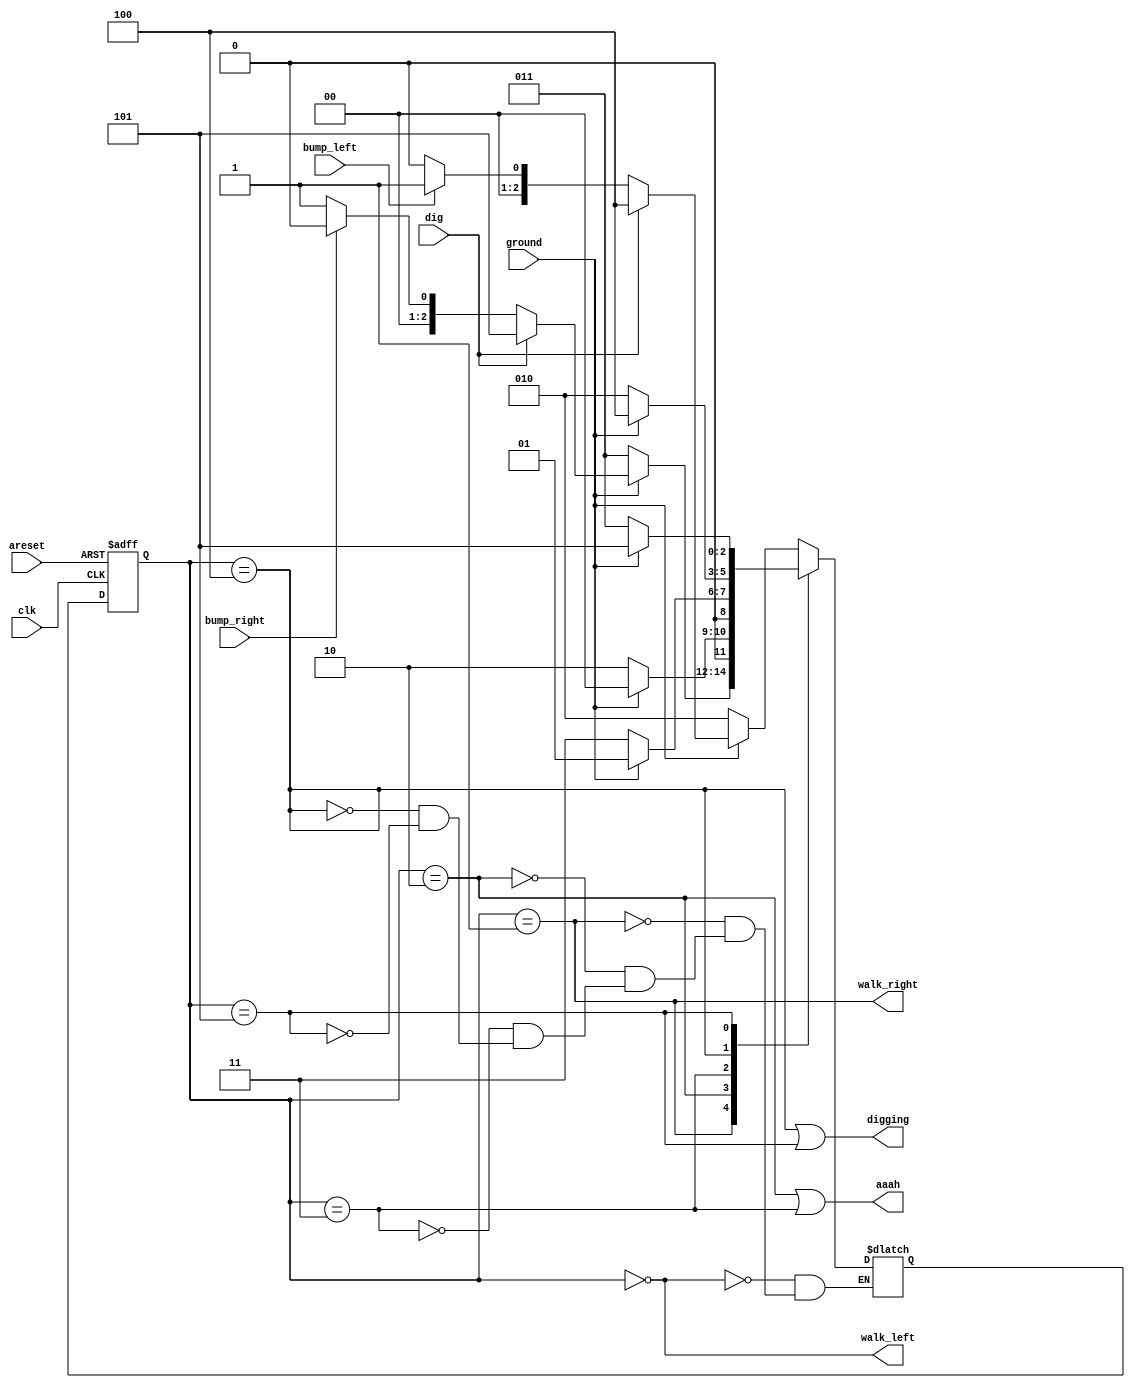
module top_module(
    input clk,
    input areset,    // Freshly brainwashed Lemmings walk left.
    input bump_left,
    input bump_right,
    input ground,
    input dig,
    output walk_left,
    output walk_right,
    output aaah,
    output digging ); 

    localparam [2:0] WALK_L = 3'b000,
                     WALK_R = 3'b001,
                     FALL_L = 3'b010,
                     FALL_R = 3'b011,
                     DIG_L  = 3'b100,
                     DIG_R  = 3'b101;

    reg [2:0] state, next;

    always @(posedge clk or posedge areset) begin
        if(areset) state <= WALK_L;
        else state <= next;
    end

    always @(*) begin
        case(state)
            WALK_L : begin
                if(!ground) next = FALL_L;
                else begin
                    if(dig) next = DIG_L;
                    else begin
                        if(bump_left) next = WALK_R;
                        else next = WALK_L;
                    end
                end
            end
            WALK_R : begin
                if(!ground) next = FALL_R;
                else begin
                    if(dig) next = DIG_R;
                    else begin
                        if(bump_right) next = WALK_L;
                        else next = WALK_R;
                    end
                end
            end
            FALL_L : next = (ground) ? WALK_L : FALL_L;
            FALL_R : next = (ground) ? WALK_R : FALL_R;
            DIG_L  : next = (ground) ? DIG_L : FALL_L;
            DIG_R  : next = (ground) ? DIG_R : FALL_R;
        endcase
    end

    assign walk_left = (state == WALK_L);
    assign walk_right = (state == WALK_R);
    assign aaah = ((state == FALL_L) || (state == FALL_R));
    assign digging = ((state == DIG_L) || (state == DIG_R));

endmodule